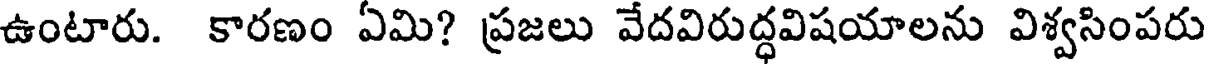
ఉంటారు. కారణం ఏమి? ప్రజలు వేదవిరుద్ధవిషయాలను విశ్వసింపరు